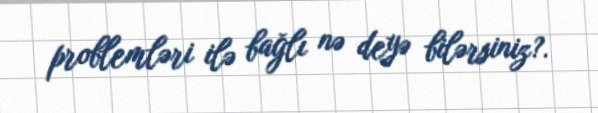
problemləri ilə bağlı nə deyə bilərsiniz?.